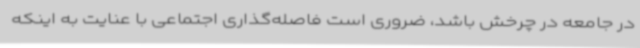
در جامعه در چرخش باشد، ضروری است فاصله‌گذاری اجتماعی با عنایت به اینکه